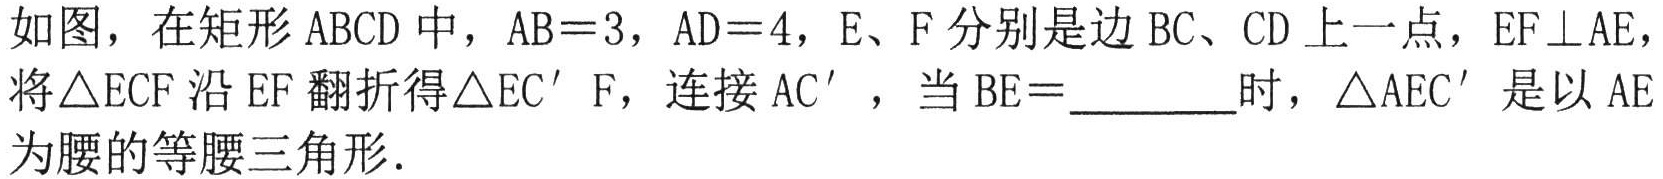
如图，在矩形$\text{ABCD}$中，$\text{AB}=3$，$\text{AD}=4$，$\text{E}$、$\text{F}$分别是边$\text{BC}$、$\text{CD}$上一点，$\text{EF}\perp \text{AE}$，将$\triangle \text{ECF}$沿$\text{EF}$翻折得$\triangle \text{EC}'\text{F}$，连接$\text{AC}'$，当$\text{BE}=$________时，$\triangle \text{AEC}'$是以$\text{AE}$为腰的等腰三角形.